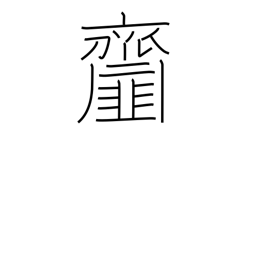
Meaning: dishes seasoned with vinegar or miso